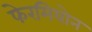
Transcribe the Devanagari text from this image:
फेरमियोन